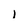
Character: l